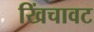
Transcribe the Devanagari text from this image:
खिंचावट